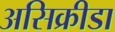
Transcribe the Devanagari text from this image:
असिक्रीडा